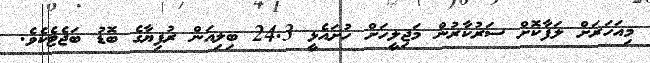
މިއަހަރަށް ލަފާކޮށް ސަރުކާރުން މަޖިލީހަށް ހުށައެޅީ 24.3 ބިލިއަން ރުފިޔާގެ ބޮޑު ބަޖެޓެކެވެ.